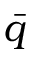
\bar { q }